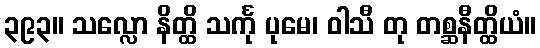
၃၉၃။ သလ္လော နိတ္ထိ သင်္ကု ပုမေ၊ ဝါသီ တု တစ္ဆနီတ္ထိယံ။